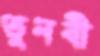
তুনবী